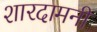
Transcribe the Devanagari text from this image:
शारदामनी